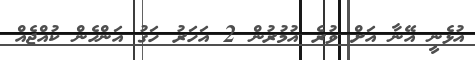
އުޅެނީ އޭނާ އަށް ވުރެ އުމުރުން 2 އަހަރު ހަގު އަންހެން ކުއްޖެއް